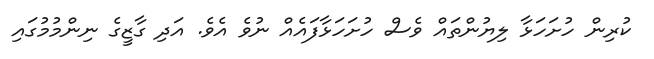
ކުރިން ހުށަހަޅާ ލިޔުންތައް ވެސް ހުށަހަޅާފައެއް ނުވެ އެވެ. އަދި ގާޒީގެ ނިންމުމުގައި